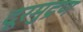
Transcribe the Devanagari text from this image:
दूरमुद्रण